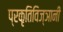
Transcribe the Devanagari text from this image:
प्रकृतिविज्ञानी